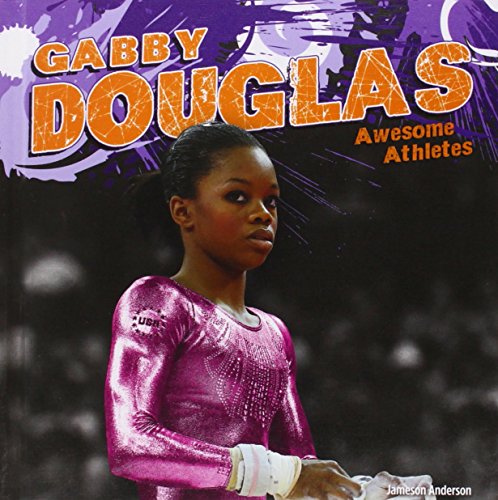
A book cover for Gabby Douglas (Awesome Athletes); Jameson Anderson; Children's Books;